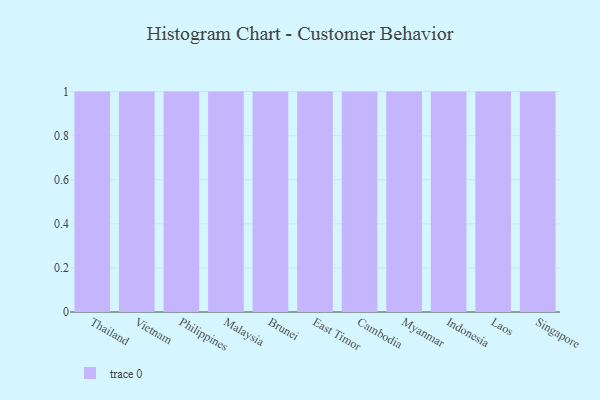
{"axis": {"x": "Country", "y": "Website Visitors"}, "legend": [""], "data": [{"x": "Thailand", "y": 35, "type": ""}, {"x": "Vietnam", "y": 63, "type": ""}, {"x": "Philippines", "y": 41, "type": ""}, {"x": "Malaysia", "y": 85, "type": ""}, {"x": "Brunei", "y": 92, "type": ""}, {"x": "East Timor", "y": 77, "type": ""}, {"x": "Cambodia", "y": 45, "type": ""}, {"x": "Myanmar", "y": 80, "type": ""}, {"x": "Indonesia", "y": 38, "type": ""}, {"x": "Laos", "y": 17, "type": ""}, {"x": "Singapore", "y": 59, "type": ""}]}